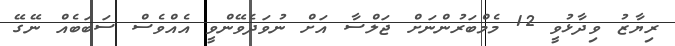
ރިޔާޒު ވިދާޅުވީ 12 މެމްބަރުންނަށް ޖަލްސާ އަށް ނުވަދެވޭންވީ އެއްވެސް ސަބަބެއް ނޭގޭ